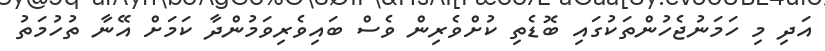
އަދި މި ހަމަނުޖެހުންތަކުގައި ބޮޑެތި ކުށްވެރިން ވެސް ބައިވެރިވަމުންދާ ކަމަށް އޭނާ ތުހުމަތު